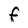
Character: F